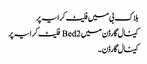
بلاک بی میں فلیٹ کرایہ پر
کینال گارڈن میں 2 Bed فلیٹ کرایہ پر
کینال گارڈن ۔